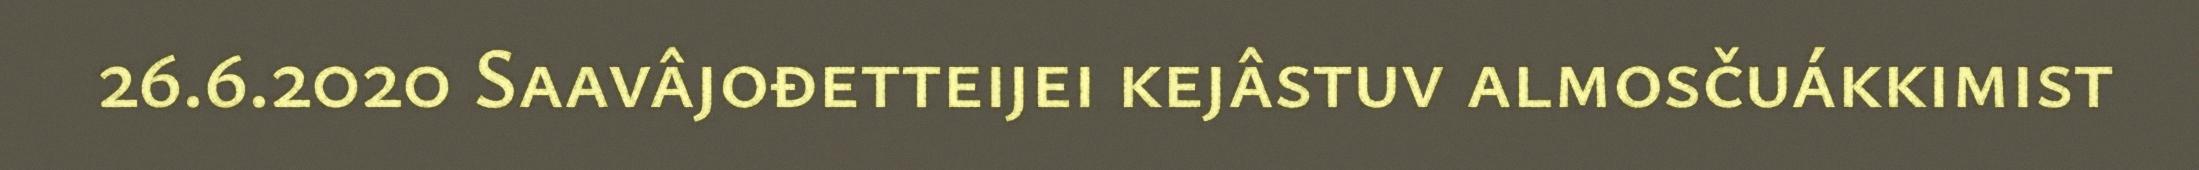
26.6.2020 Saavâjođetteijei kejâstuv almosčuákkimist